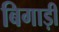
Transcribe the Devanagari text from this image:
बिगाड़ी